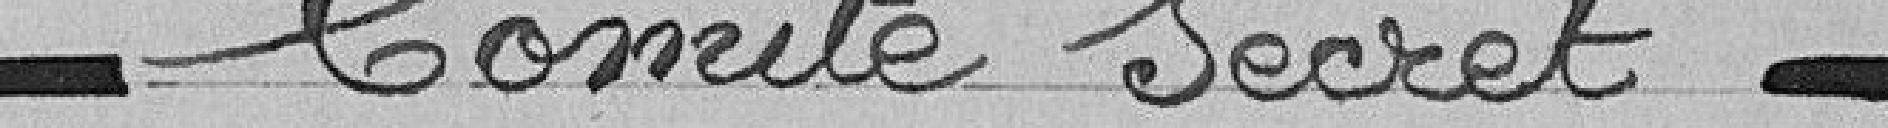
- Comité secret -